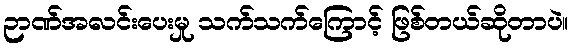
ဉာဏ်အလင်းပေးမှု သက်သက်ကြောင့် ဖြစ်တယ်ဆိုတာပဲ။